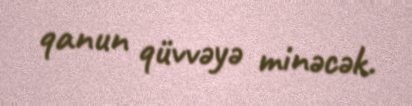
qanun qüvvəyə minəcək.